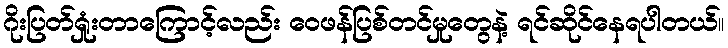
ဂိုးပြတ်ရှုံးတာကြောင့်လည်း ဝေဖန်ပြစ်တင်မှုတွေနဲ့ ရင်ဆိုင်နေရပါတယ်။